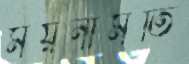
ময়নামতি